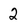
Character: 2